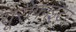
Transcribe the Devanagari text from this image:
यूरोफाइटर